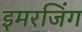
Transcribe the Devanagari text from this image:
इमरजिंग